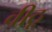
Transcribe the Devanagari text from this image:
वीठू